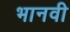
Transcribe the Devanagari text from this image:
भानवी